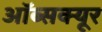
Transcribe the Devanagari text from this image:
ऑब्सक्यूर